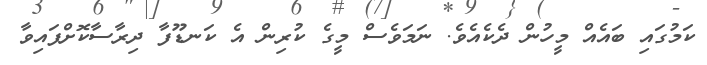
ކަމުގައި ބައެއް މީހުން ދެކެއެވެ. ނަމަވެސް މީގެ ކުރިން އެ ކަނޑޫފާ ދިރާސާކޮށްފައިވާ